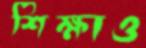
শিক্ষাও